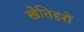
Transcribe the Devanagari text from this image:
खेतिहरों